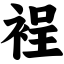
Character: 裎